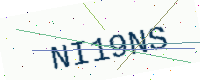
Text: NI19NS